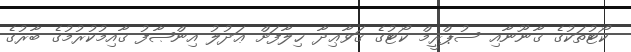
ކޯޓުތަކުގެ ޤާނޫނާއި ސުޕްރީމް ކޯޓުގެ ޤަވާޢިދާ ޚިލާފަށް ޢަދުލު އިންޞާފު ޤާއިމުކުރުމުގެ ބާރުގެ